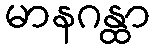
မာနဂန္ထာ